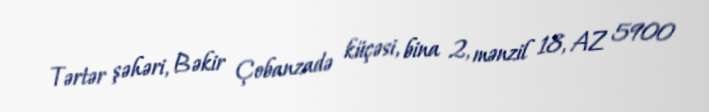
Tərtər şəhəri, Bəkir Çobanzadə küçəsi, bina 2, mənzil 18, AZ 5900